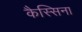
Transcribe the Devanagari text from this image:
कैस्सिना